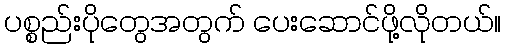
ပစ္စည်းပိုတွေအတွက် ပေးဆောင်ဖို့လိုတယ်။